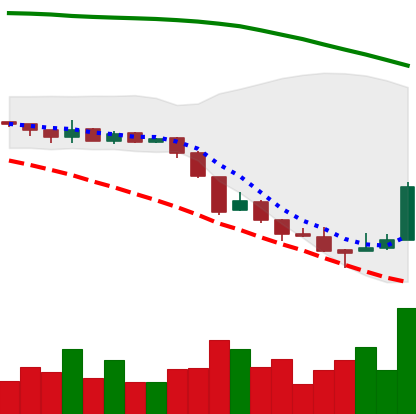
Ticker: XRP-USD
Chart end date: 2018-08-17
Forward return: -12.783%
Label: down_7plus